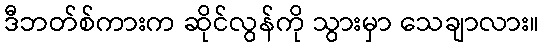
ဒီဘတ်စ်ကားက ဆိုင်လွန်ကို သွားမှာ သေချာလား။